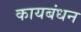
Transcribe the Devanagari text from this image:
कायबंधन